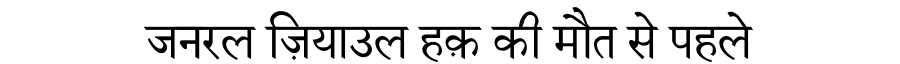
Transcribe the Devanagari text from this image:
जनरल ज़ियाउल हक़ की मौत से पहले